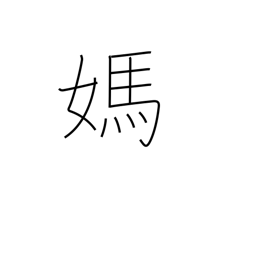
Meaning: mare